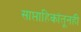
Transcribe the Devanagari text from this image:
साप्ताहिकांतूनही